Annual report of the Civil Veterinary Department, Bengal, and of the Bengal Veterinary College for the year 1905-1906 - 1905-1906
Year: 1905
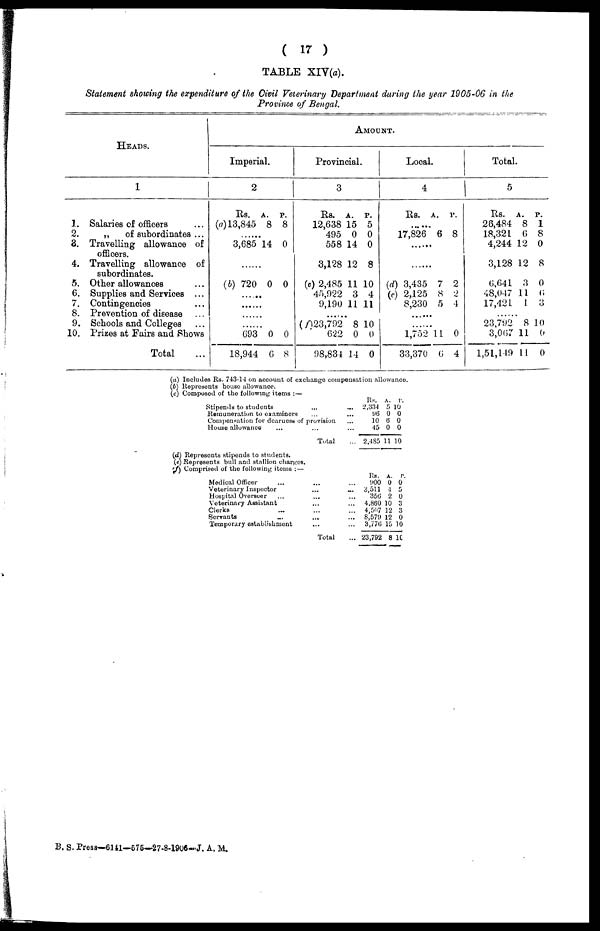
(17)
TABLE XlV(a).
Statement showing the expenditure of the Civil Veterinary Department during the year 1905-06 in the
Province of Bengal.
HEADS.
1
1. Salaries of officers ...
2.
„
of subordinates ...
8. Travelling allowance of
officers.
4. Travelling allowance of
subordinates.
5. Other allowances ...
6. Supplies and Services ...
7. Contingencies ...
8. Prevention of disease ...
9. Schools and Colleges ...
10. Prizes at Fairs and Shows
Total ...
AMOUNT.
Imperial.
2
Rs. A. P.
(a)13,845 8 8
......
3,685 14 0
......
(b) 720 0 0
......
......
......
......
693 0 0
18,944 6 8
Provincial.
3
Rs. A. P.
12,638 15 5
495 0 0
558 14 0
3,128 12 8
(c) 2,485 11 10
45,922 3 4
9,190 11 11
......
(f)23,792 8 10
622 0 0
98,831 14 0
Local.
4
Rs. A. P.
......
17,826 6 8
......
......
(d) 3,435 7 2
(e) 2,125 8 2
8,230 5 4
......
......
1,752 11 0
33,370 6 4
Total.
5
Rs. A. P.
26,484 8 1
18,321 6 8
4,244 12 0
3,128 12 8
6,641 3 0
48,047 11 6
17,421 1 3
......
23,792 8 10
3,067 11 0
1,51,149 11 0
(a) Includes Rs. 743-14 on account of exchange compensation allowance.
(6) Represents house allowance.
(c) Composed of the following items:—
Stipends to students ...
Remuneration to examiners ...
Compensation for dearuess of provision
House allowance ... ...
Total
...
...
...
...
...
Rs. A. P.
2,334 5 10
96 0 0
10 6 0
45 0 0
2,485 11 10
(d) Represents stipends to students.
(e) Represents bull and stallion charges.
(f) Comprised of the following items:—
Medical Officer ...
Veterinary Inspector
Hospital Overseer ...
Veterinary Assistant
Clerks ...
Servants ...
Temporary establishment
...
...
...
...
...
...
...
Total
...
...
...
...
...
...
...
...
Rs. A. P.
900 0 0
3,511 4 5
356 2 0
4,860 10 3
4,507 12 3
8,579 12 0
3,776 15 10
23,792 8 10
B. S. Press—6141—575—27-8-1906-J. A. M.